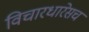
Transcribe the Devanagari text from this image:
विचारधारेसच